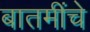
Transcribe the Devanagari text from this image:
बातमींचे